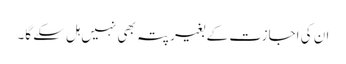
ان کی اجازت کے بغیر پتہ بھی نہیں ہل سکے گا۔